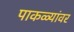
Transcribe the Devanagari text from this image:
पाकळ्यांवर